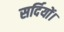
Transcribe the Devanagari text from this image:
सर्दियों।